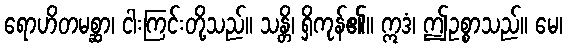
ရောဟိတမစ္ဆာ၊ ငါးကြင်းတို့သည်။ သန္တိ၊ ရှိကုန်၏။ ဣဒံ၊ ဤဥစ္စာသည်။ မေ၊